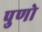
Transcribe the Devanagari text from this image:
पुणो